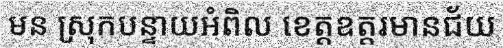
មន ស្រុកបន្ទាយអំពិល ខេត្តឧត្តរមានជ័យ